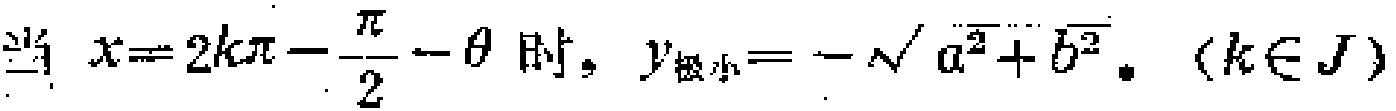
当 \(x = 2k\pi-\frac{\pi}{2}-\theta\) 时，\(y_{极小}=-\sqrt{a^{2}+b^{2}}\)。\((k\in \mathbb{Z})\)